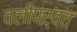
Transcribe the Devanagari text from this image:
वलीपर्वत